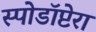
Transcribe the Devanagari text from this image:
स्पोडॉप्टेरा